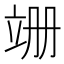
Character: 𫁠